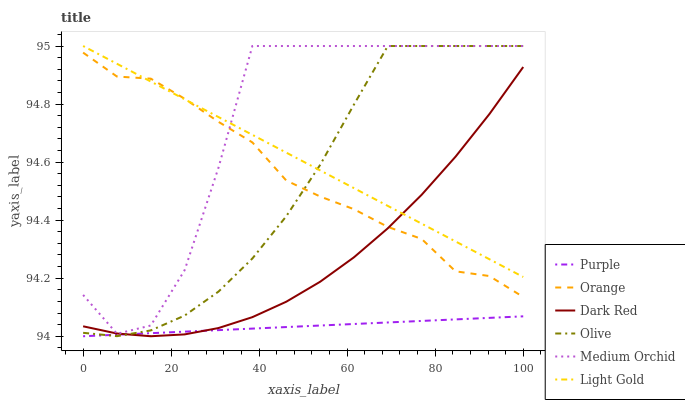
| xaxis_label | Purple | Orange | Dark Red | Olive | Medium Orchid | Light Gold |
 | --- | --- | --- | --- | --- | --- | --- |
 | 0 | 94 | 95 | 94 | 94 | 94.1 | 95 |
 | 7.69 | 94 | 94.9 | 94 | 94 | 94 | 94.9 |
 | 15.4 | 94 | 94.9 | 94 | 94 | 94 | 94.9 |
 | 23.1 | 94 | 94.8 | 94 | 94.1 | 94.2 | 94.8 |
 | 30.8 | 94 | 94.7 | 94 | 94.2 | 94.6 | 94.8 |
 | 38.5 | 94 | 94.7 | 94.1 | 94.3 | 95 | 94.7 |
 | 46.2 | 94 | 94.5 | 94.1 | 94.4 | 95 | 94.6 |
 | 53.8 | 94 | 94.5 | 94.2 | 94.6 | 95 | 94.6 |
 | 61.5 | 94 | 94.4 | 94.3 | 94.8 | 95 | 94.5 |
 | 69.2 | 94 | 94.4 | 94.4 | 95 | 95 | 94.4 |
 | 76.9 | 94.1 | 94.3 | 94.5 | 95 | 95 | 94.4 |
 | 84.6 | 94.1 | 94.2 | 94.6 | 95 | 95 | 94.3 |
 | 92.3 | 94.1 | 94.2 | 94.8 | 95 | 95 | 94.3 |
 | 100 | 94.1 | 94.1 | 94.9 | 95 | 95 | 94.2 |